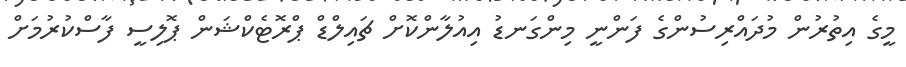
މީގެ އިތުރުން މުދައްރިސުންގެ ފަންނީ މިންގަނޑު އިއުލާންކޮށް ޗައިލްޑް ޕްރޮޓެކްޝަން ޕޮލިސީ ފާސްކުރުމަށް